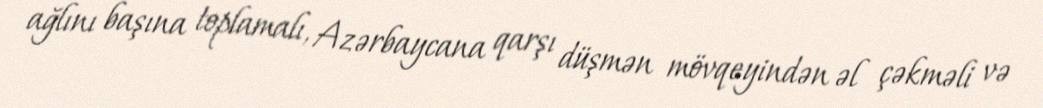
ağlını başına toplamalı, Azərbaycana qarşı düşmən mövqeyindən əl çəkməli və